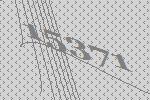
15371